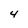
Character: 4